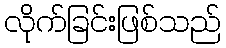
လိုက်ခြင်းဖြစ်သည်